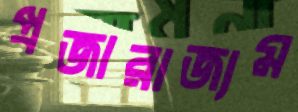
প্রজারাজ্যম